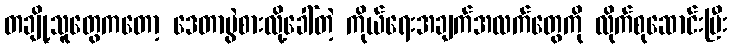
တချို့သူတွေကတော့ ဒေတာပွဲစားလို့ခေါ်တဲ့ ကိုယ်ရေးအချက်အလက်တွေကို လိုက်စုဆောင်းပြီး